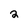
Character: 2